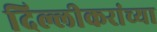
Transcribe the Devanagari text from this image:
दिल्लीकरांच्या